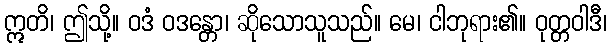
ဣတိ၊ ဤသို့။ ဝဒံ ဝဒန္တော၊ ဆိုသောသူသည်။ မေ၊ ငါဘုရား၏။ ဝုတ္တဝါဒီ၊